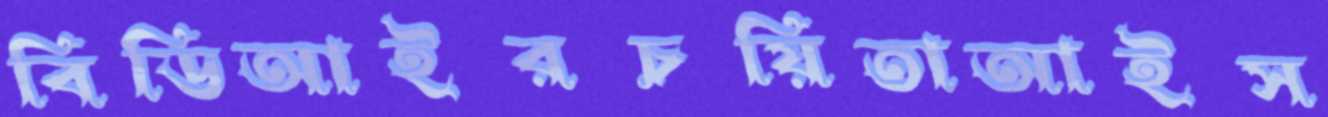
বিডিআইরচয়িতাআইস